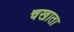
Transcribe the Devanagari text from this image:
चखाता